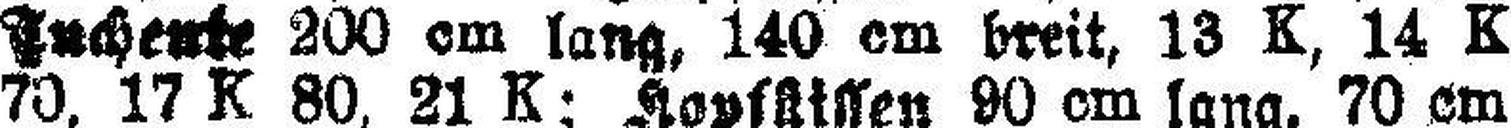
Tuchente 200 cm lang, 140 cm breit, 13 K, 14 K